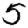
Digit: 5